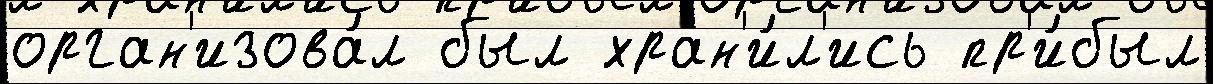
орган'изова́л был хран'и́л'ись пр'и́был